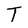
Character: T